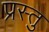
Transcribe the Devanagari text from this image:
प्रस्तु